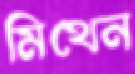
মিথেন